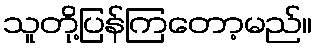
သူတို့ပြန်ကြတော့မည်။